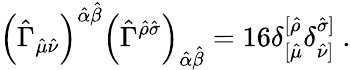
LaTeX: \left(\hat{\Gamma}_{\hat{\mu}\hat{\nu}}\right)^{\hat{\alpha}\hat{\beta}}\left(\hat{\Gamma}^{\hat{\rho}\hat{\sigma}}\right)_{\hat{\alpha}\hat{\beta}}=16\delta_{[\hat{\mu}}^{[\hat{\rho}}\delta_{\hat{\nu}]}^{\hat{\sigma}]}\ .